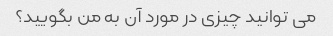
می توانید چیزی در مورد آن به من بگویید؟